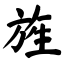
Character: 旌